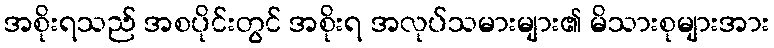
အစိုးရသည် အစပိုင်းတွင် အစိုးရ အလုပ်သမားများ၏ မိသားစုများအား